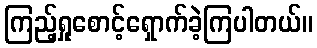
ကြည့်ရှုစောင့်ရှောက်ခဲ့ကြပါတယ်။